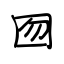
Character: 囫